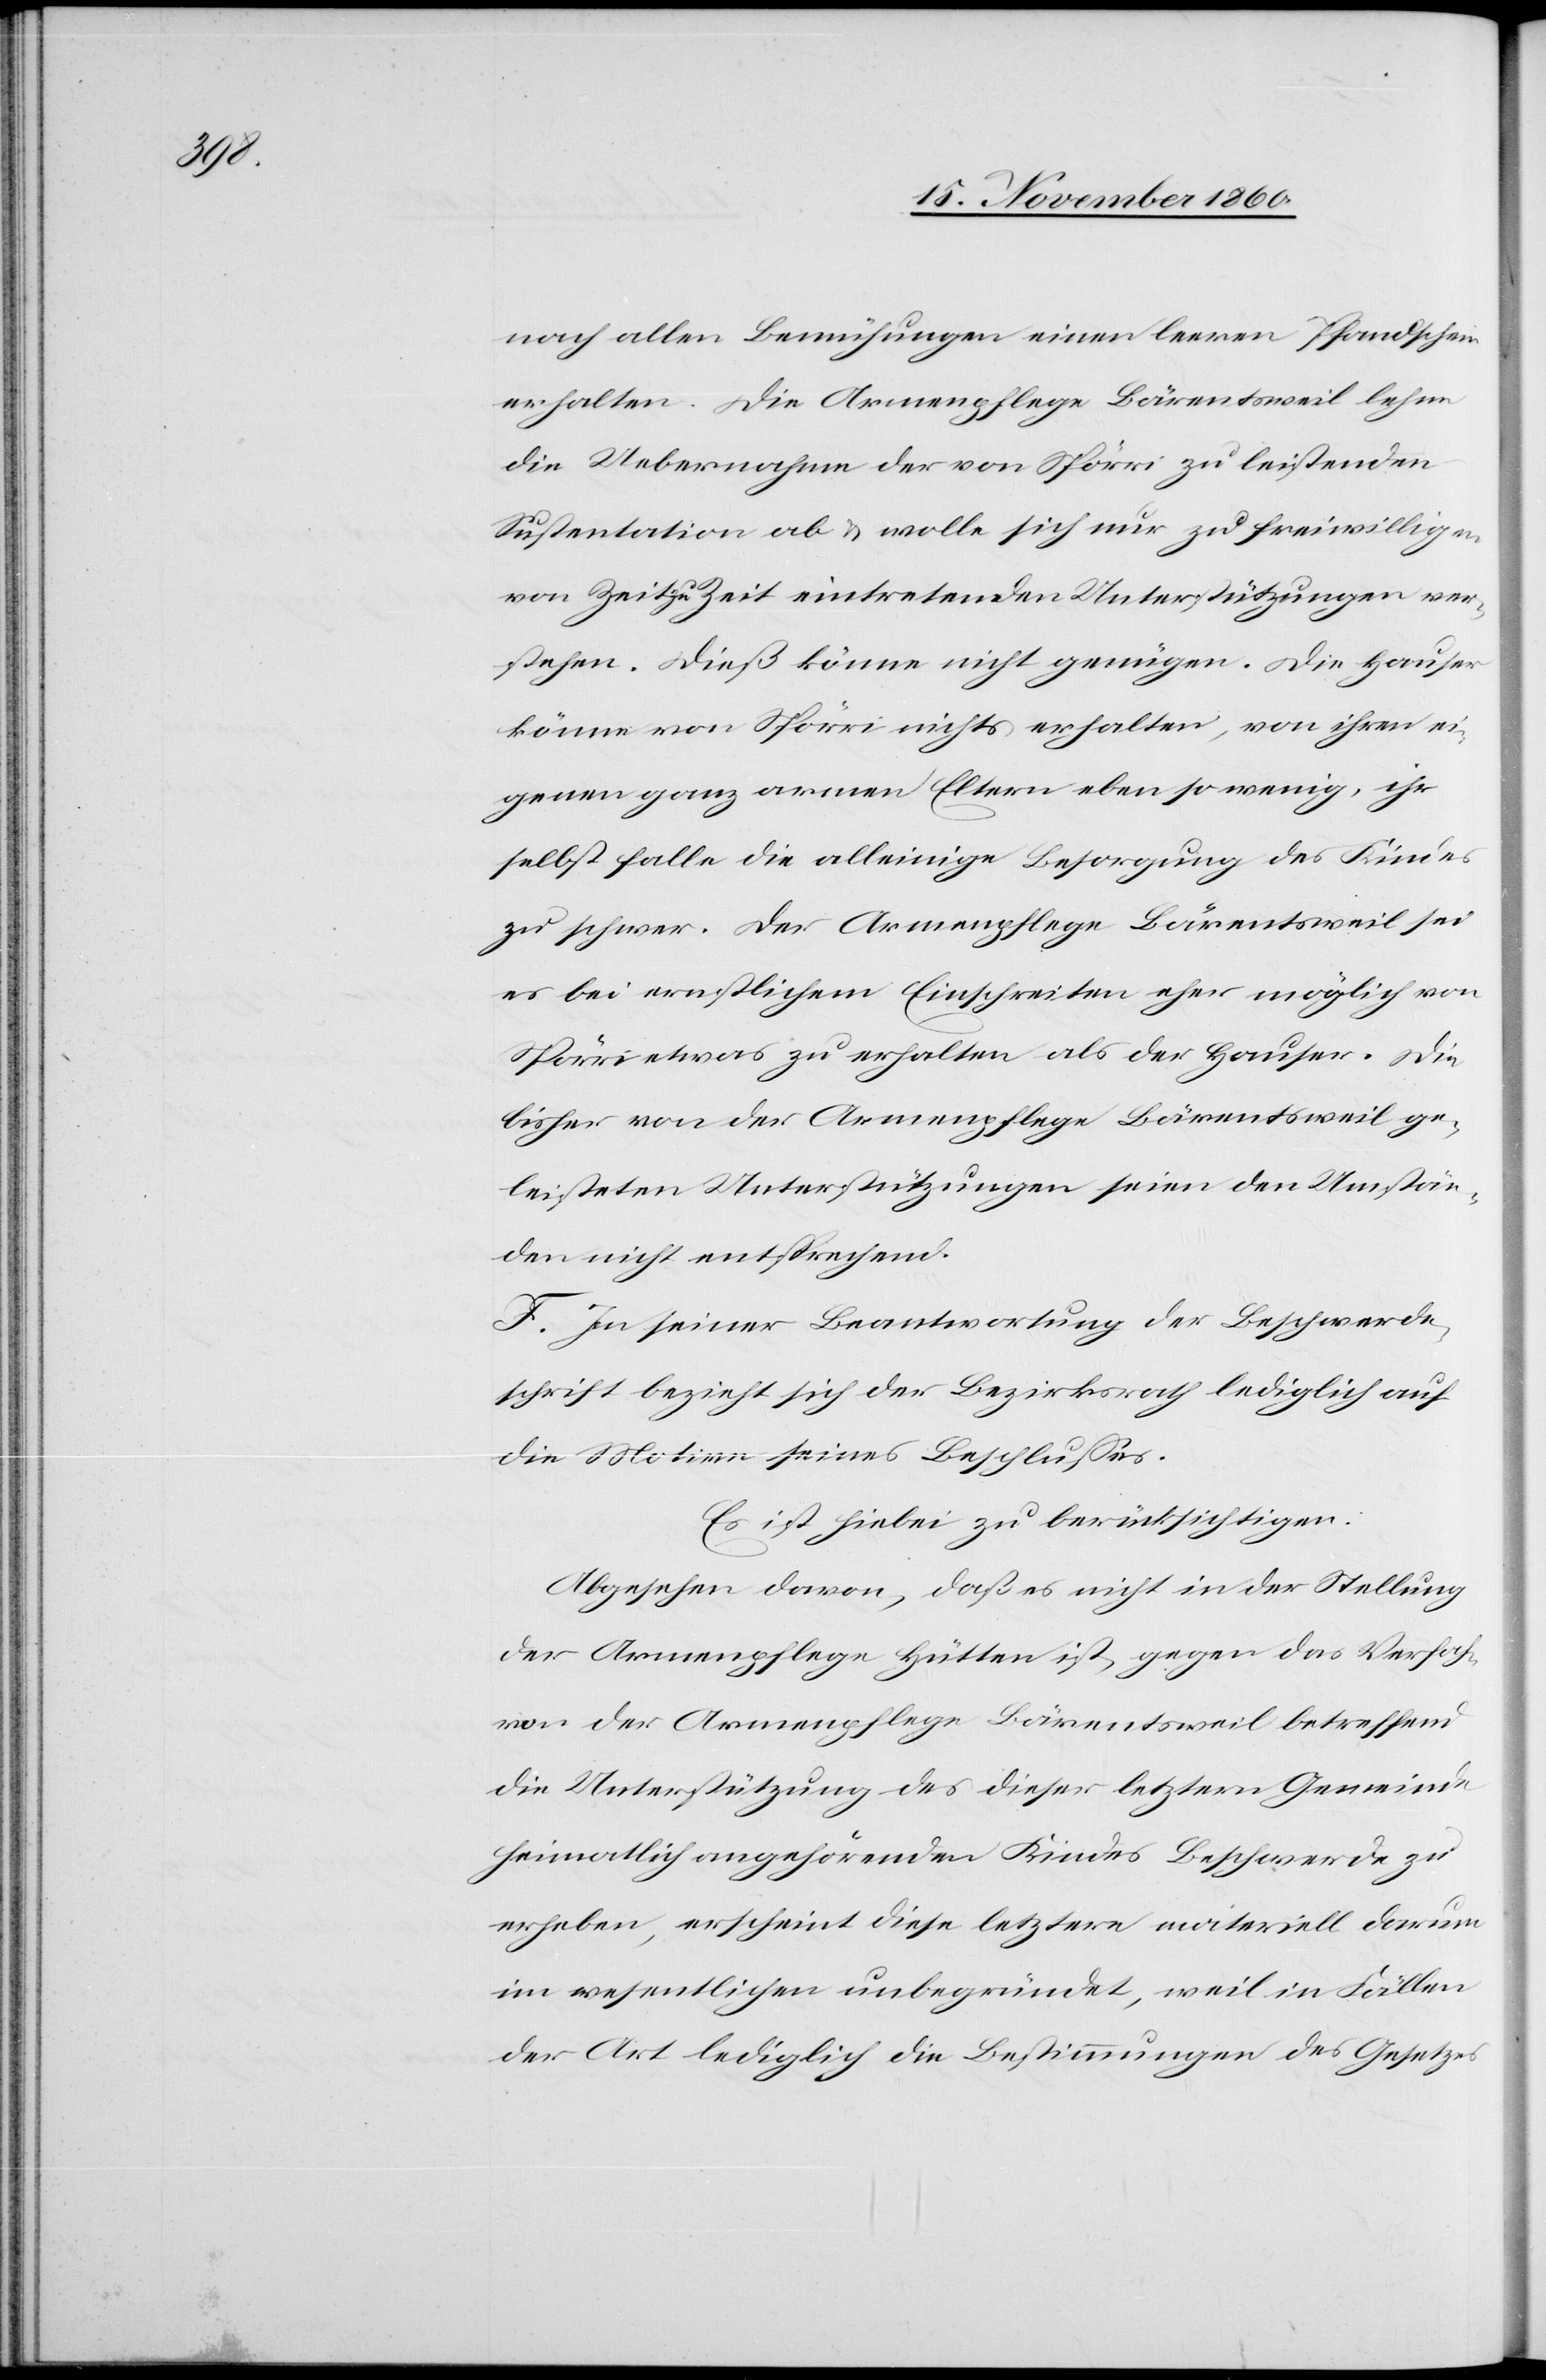
nach allen Bemühungen einen leeren Pfandschein
erhalten. Die Armenpflege Bärentsweil lehne
die Uebernahme der von Spörri zu leistenden
Sustentation ab u. wolle sich nur zu freiwilligen
von Zeit zu Zeit eintretenden Unterstützungen ver¬
stehen. Dieß könne nicht genügen. Die Hauser
könne von Spörri nichts erhalten, von ihren ei¬
genen ganz armen Eltern eben so wenig, ihr
selbst falle die alleinige Besorgung des Kindes
zu schwer. Der Armenpflege Bärentsweil sei
es bei ernstlichem Einschreiten eher möglich von
Spörri etwas zu erhalten als der Hauser. Die
bisher von der Armenpflege Bärentsweil ge¬
leisteten Unterstützungen seien den Umstän¬
den nicht entsprechend.
F. In seiner Beantwortung der Beschwerde¬
schrift bezieht sich der Bezirksrath lediglich auf
die Motive seines Beschlusses.
Es ist hiebei zu berücksichtigen:
Abgesehen davon, daß es nicht in der Stellung
der Armenpflege Hütten ist, gegen das Verfah¬
ren der Armenpflege Bärentsweil betreffend
die Unterstützung des dieser letztern Gemeinde
heimatlich angehörenden Kindes Beschwerde zu
erheben, erscheint diese letztere materiell darum
im wesentlichen unbegründet, weil in Fällen
der Art lediglich die Bestimmungen des Gesetzes